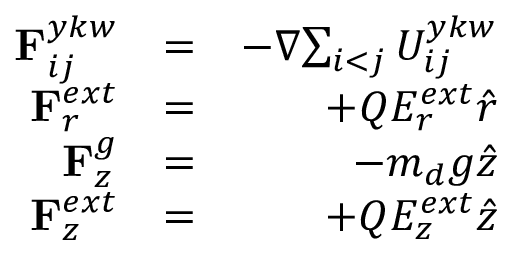
\begin{array} { r l r } { { { \bf { F } } _ { i j } ^ { y k w } } } & { = } & { - { \nabla } { \sum _ { \substack { i < j } } { { { U } } _ { i j } ^ { y k w } } } } \\ { { { \bf { F } } _ { r } ^ { e x t } } } & { = } & { + { Q } { E _ { r } ^ { e x t } } { \hat { r } } } \\ { { { \bf { F } } _ { z } ^ { g } } } & { = } & { - { { m _ { d } } g { \hat { z } } } } \\ { { { \bf { F } } _ { z } ^ { e x t } } } & { = } & { + { Q } { E _ { z } ^ { e x t } } { \hat { z } } } \end{array}